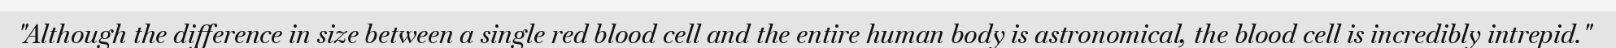
"Although the difference in size between a single red blood cell and the entire human body is astronomical, the blood cell is incredibly intrepid."